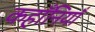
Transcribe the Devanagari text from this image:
कहाँनियाँ